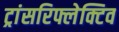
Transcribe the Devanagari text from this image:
ट्रांसरिफ्लेक्टिव